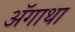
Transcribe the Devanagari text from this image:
ॲगाथा